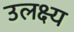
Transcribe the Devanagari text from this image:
उलक्ष्य